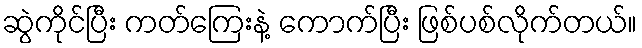
ဆွဲကိုင်ပြီး ကတ်ကြေးနဲ့ ကောက်ပြီး ဖြစ်ပစ်လိုက်တယ်။